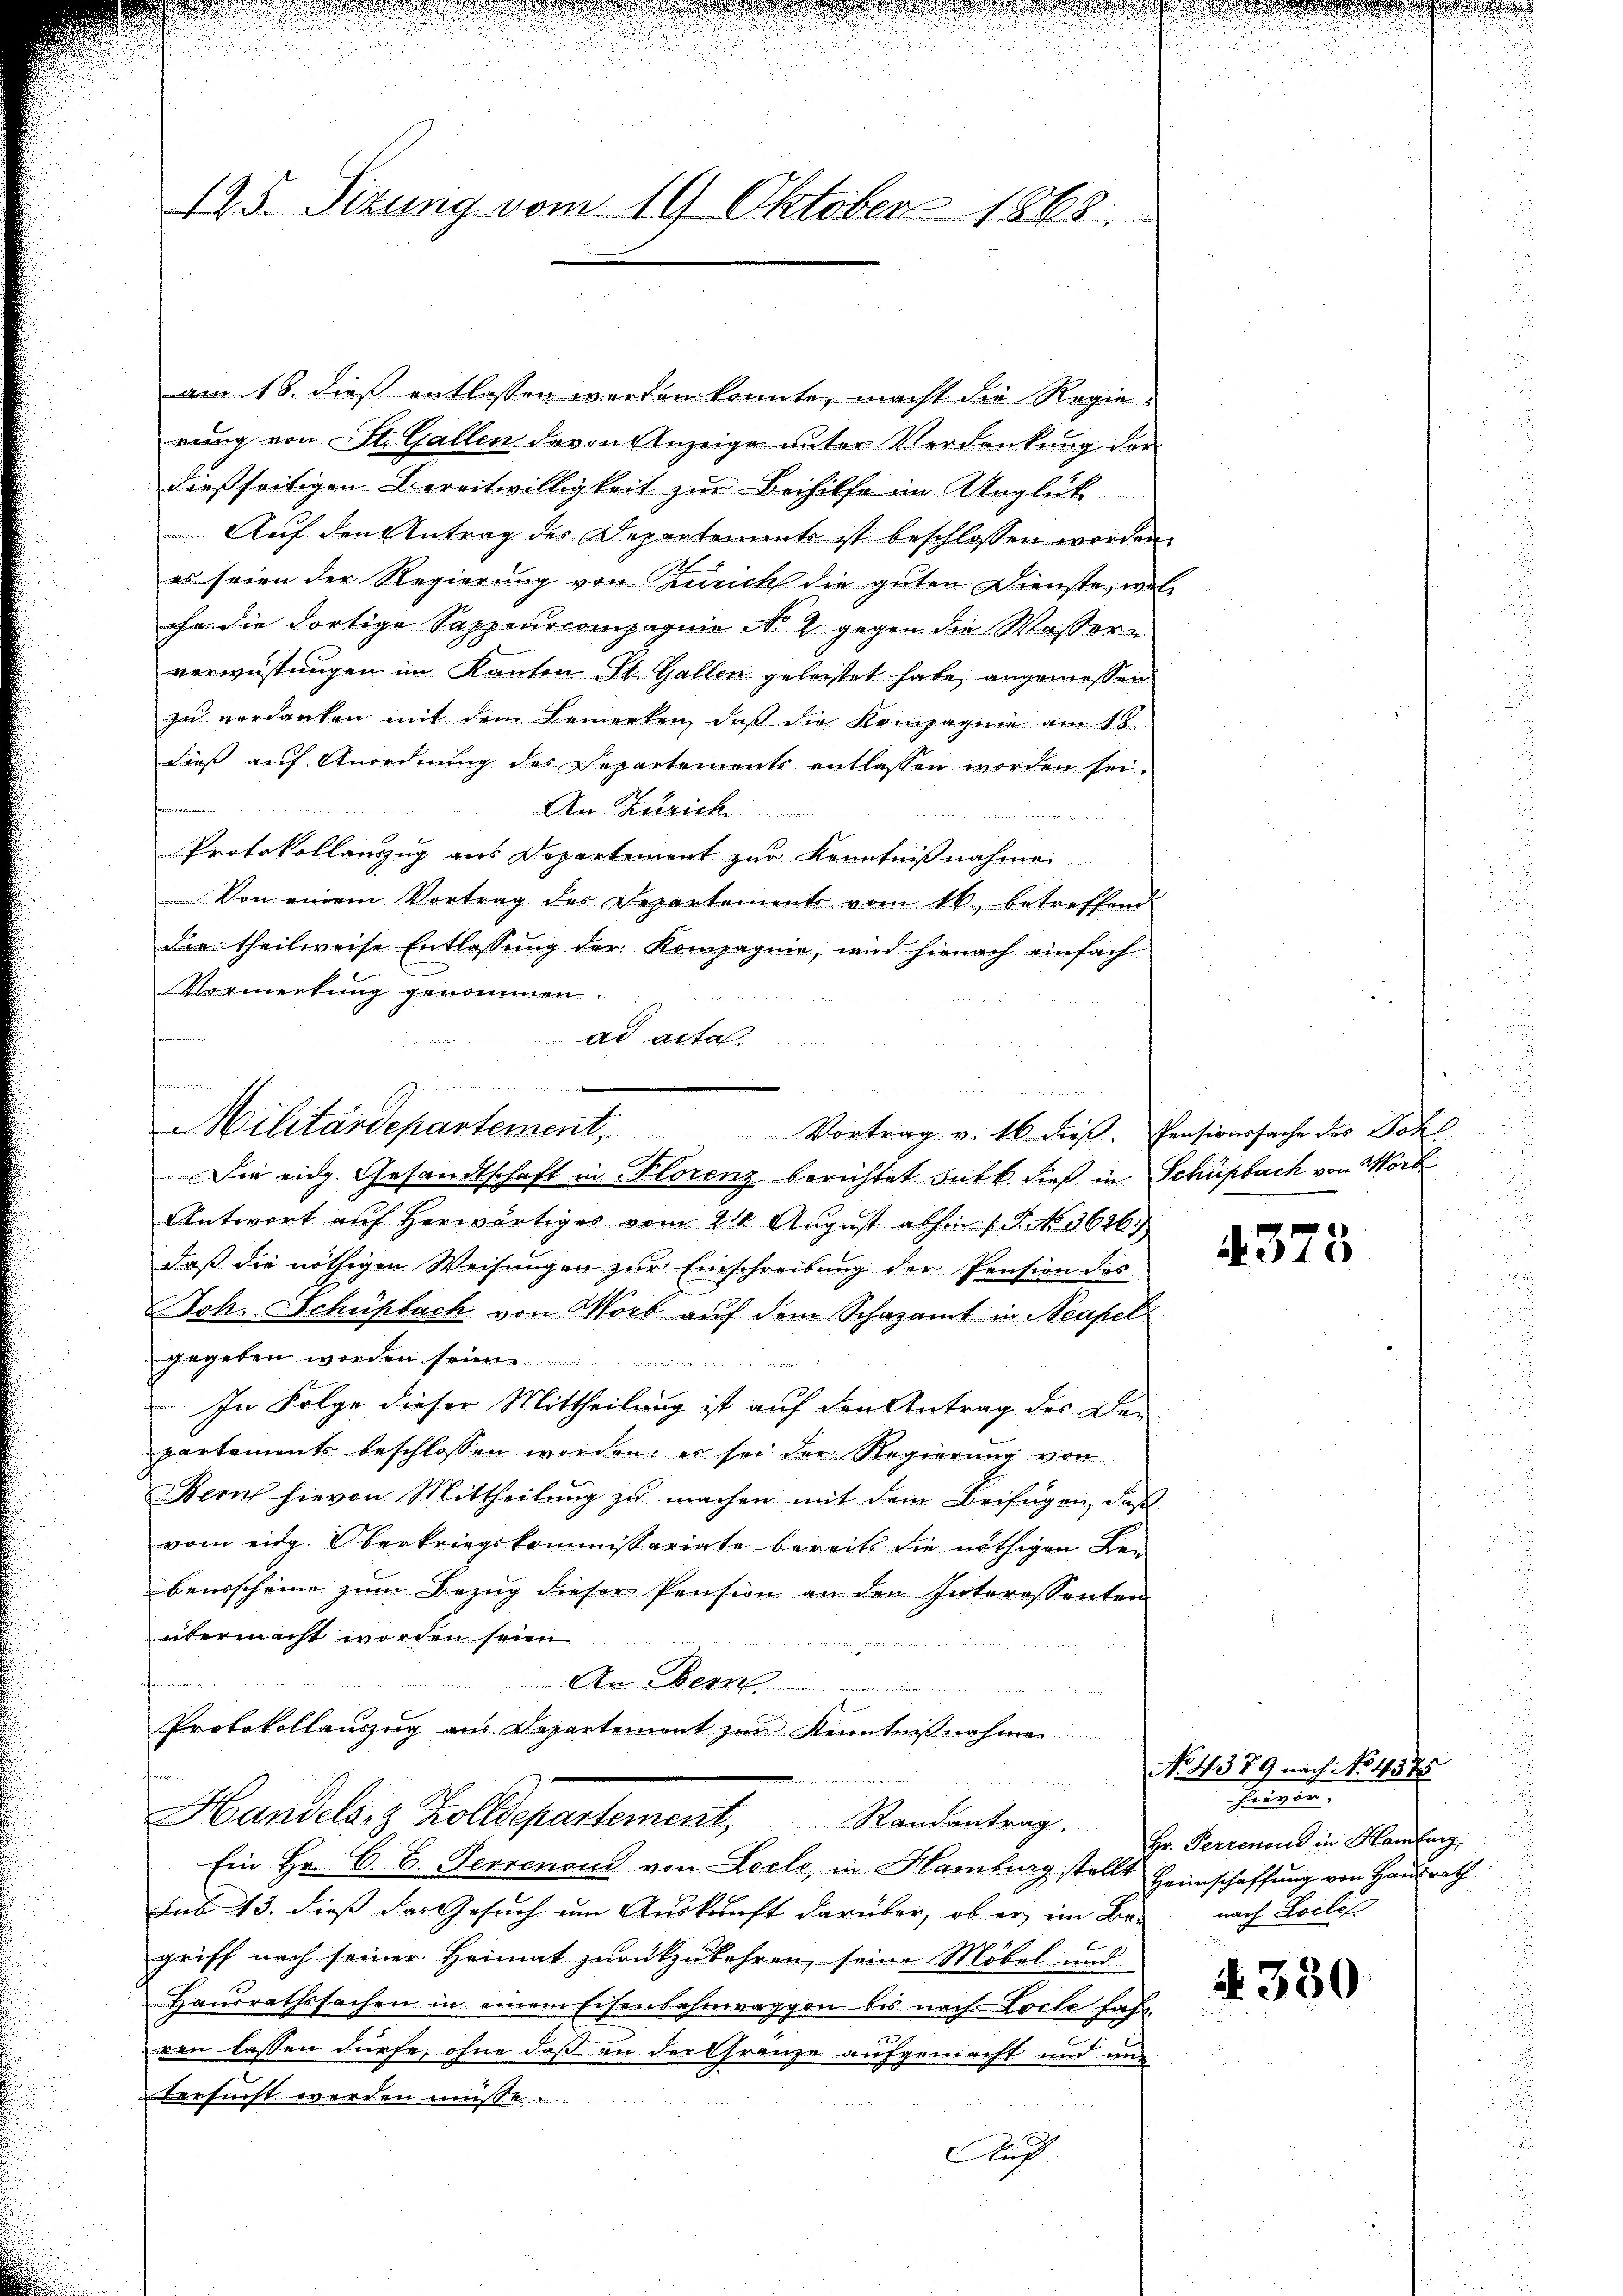
125. Sizung vom 19. Oktober 1868.

am 18. dieß entlassen worden konnte, macht die Regierung von St. Gallen davon Anzeige unter Verdankung der
dießseitigen Bereitwilligkeit zur Beihilfe im Unglük
Auf den Antrag des Departements ist beschlossen worden
es seien der Regierung von Zürich die guten Dienste, welihr die dortige Sappenocompagnie No 2 gegen die Wassern
verwüstungen im Kanton St. Gallen geleistet habe, angemessen
zu verdanken mit dem Bemerken, daß die Kompagnie am 18.
dies auf Anordnung des Departements entlassen worden sei.
frommen
An Zürich

Protokollanzug aus Departement zur Kenntnißnahme
Von einem Vortrag des Departement vom 16. betreffend
Die theilweise Entlassung der Kompagnie, wird hienach einfach
Vermerkung genommen.
for
ad acta.
Die eidg. Gesandtschaft in Florenz berichtet sub b. dieß in Schüpfach von Wort
Antwort auf herwärtiges vom 24. August abhin 1 S. No. 3626.
daß die nöthigen Weisungen zur Einschreibung der Pension des
Joh. Schüsbach von Wort auf dem Schazamt in Neapel
gegeben werden s
In Folge dieser Mittheilung ist auf den Antrag des De-
partements beschlossen worden; er sei der Regierung von
Zürich hievon Mittheilung zu machen mit dem Beifügen, daß
vom eidg. Oberkriegskommissariate bereits die nöthigen Be-
beusscheine zum Bezug dieser Pension an den Interessenten
übermacht worden seien
2
An Bern
u
Protokollaŭszŭg ans Departement zŭr Kenntniβnahme
Handels- & Zolldepartement, Randantrag.
Ein Hr. C. B. Perrenoud von Loele, in Hamburg stellt Heimschaffung von Hausrath
Sub 13. dies das Gesuch um Auskunft darüber, ob er im Be- nach Locle
griff nach seiner Heimat zurückzukehren, seine Möbel und
Hausrathssachen in einem Eisenbahnwaggon bis nach Loche fahr
eren lassen dürfe, ohne daß an der Granze aufgemacht und und
ersucht werden muß. .........
Auf

n
n
Militärdepartement. Vortrag v. 16. dieβ. Pensionssache des Sohl

n
N. 573

No. 4379 nach No 4575
Feigen
Hr. Perrenoud in Hamburg,

§ 380